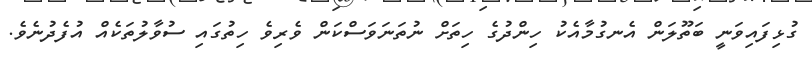
ގުޅިފައިވަނީ ބަތޫލަން އެނގުމާއެކު ހިންދުގެ ހިތަށް ނުތަނަވަސްކަން ވެރިވެ ހިތުގައި ސުވާލުތަކެއް އުފެދުނެވެ.